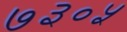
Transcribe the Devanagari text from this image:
७३०५